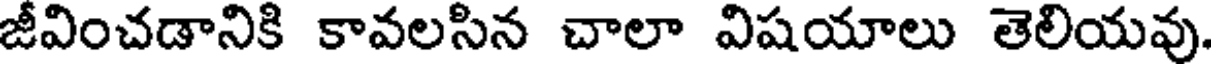
జీవించడానికి కావలసిన చాలా విషయాలు తెలియవు